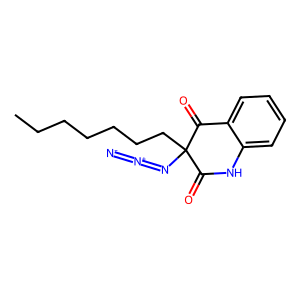
SMILES: CCCCCCCC1(N=[N+]=[N-])C(=O)Nc2ccccc2C1=O
Inhibits HIV replication: No